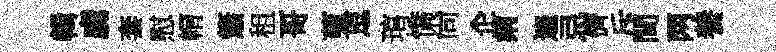
輯虜套慰㡌簫租哥蒐逗琯憍尙企痢遍忌儕斥間两養